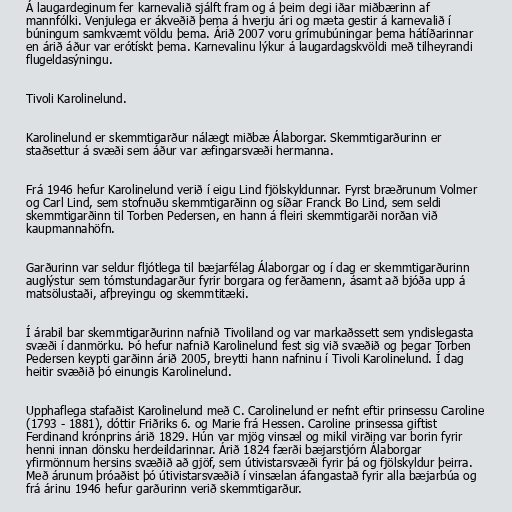
Á laugardeginum fer karnevalið sjálft fram og á þeim degi iðar miðbærinn af
mannfólki. Venjulega er ákveðið þema á hverju ári og mæta gestir á karnevalið í
búningum samkvæmt völdu þema. Árið 2007 voru grímubúningar þema hátíðarinnar
en árið áður var erótískt þema. Karnevalinu lýkur á laugardagskvöldi með tilheyrandi
flugeldasýningu.

Tivoli Karolinelund.

Karolinelund er skemmtigarður nálægt miðbæ Álaborgar. Skemmtigarðurinn er
staðsettur á svæði sem áður var æfingarsvæði hermanna.

Frá 1946 hefur Karolinelund verið í eigu Lind fjölskyldunnar. Fyrst bræðrunum Volmer
og Carl Lind, sem stofnuðu skemmtigarðinn og síðar Franck Bo Lind, sem seldi
skemmtigarðinn til Torben Pedersen, en hann á fleiri skemmtigarði norðan við
kaupmannahöfn.

Garðurinn var seldur fljótlega til bæjarfélag Álaborgar og í dag er skemmtigarðurinn
auglýstur sem tómstundagarður fyrir borgara og ferðamenn, ásamt að bjóða upp á
matsölustaði, afþreyingu og skemmtitæki.

Í árabil bar skemmtigarðurinn nafnið Tivoliland og var markaðssett sem yndislegasta
svæði í danmörku. Þó hefur nafnið Karolinelund fest sig við svæðið og þegar Torben
Pedersen keypti garðinn árið 2005, breytti hann nafninu í Tivoli Karolinelund. Í dag
heitir svæðið þó einungis Karolinelund.

Upphaflega stafaðist Karolinelund með C. Carolinelund er nefnt eftir prinsessu Caroline
(1793 - 1881), dóttir Friðriks 6. og Marie frá Hessen. Caroline prinsessa giftist
Ferdinand krónprins árið 1829. Hún var mjög vinsæl og mikil virðing var borin fyrir
henni innan dönsku herdeildarinnar. Árið 1824 færði bæjarstjórn Álaborgar
yfirmönnum hersins svæðið að gjöf, sem útivistarsvæði fyrir þá og fjölskyldur þeirra.
Með árunum þróaðist þó útivistarsvæðið í vinsælan áfangastað fyrir alla bæjarbúa og
frá árinu 1946 hefur garðurinn verið skemmtigarður.